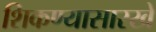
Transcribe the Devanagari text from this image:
शिकण्यासारखे